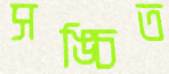
সঙ্চিত